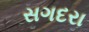
સગદરા